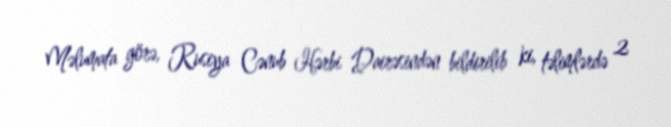
Məlumata görə, Rusiya Cənub Hərbi Dairəsindən bildirilib ki, təlimlərdə 2